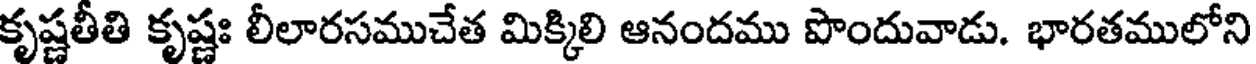
కృష్ణతీతి కృష్ణః లీలారసముచేత మిక్కిలి ఆనందము పొందువాడు. భారతములోని